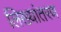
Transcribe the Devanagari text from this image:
लिख्यांतरण